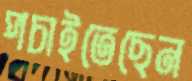
পচাইতেছেন